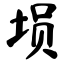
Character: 埙